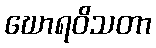
ဃောရဝိသတာ